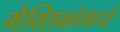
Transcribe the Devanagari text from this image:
मेक्‍सिकोमध्ये